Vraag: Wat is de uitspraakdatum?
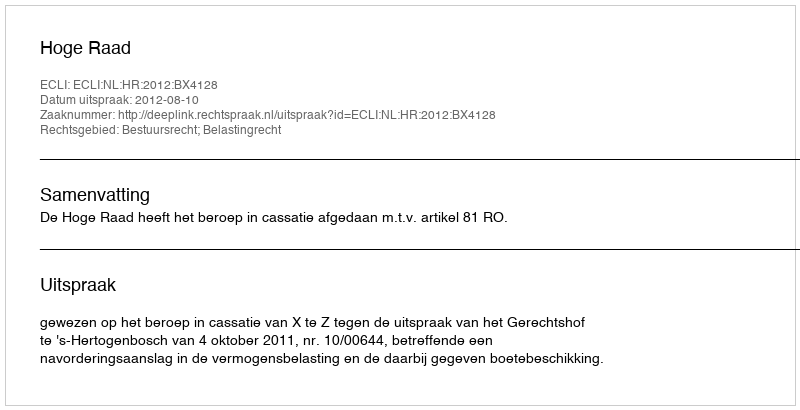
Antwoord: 2012-08-10